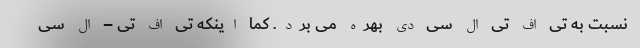
نسبت به تی اف تی ال سی دی بهره می برد. کما اینکه تی اف تی – ال سی